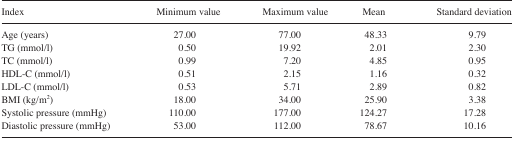
| Index | Minimum value | Maximum value | Mean | Standard deviation |
 | --- | --- | --- | --- | --- |
 | Age (years) | 27.00 | 77.00 | 48.33 | 9.79 |
 | TG (mmol/l) | 0.50 | 19.92 | 2.01 | 2.30 |
 | TC (mmol/l) | 0.99 | 7.20 | 4.85 | 0.95 |
 | HDL-C (mmol/l) | 0.51 | 2.15 | 1.16 | 0.32 |
 | LDL-C (mmol/l) | 0.53 | 5.71 | 2.89 | 0.82 |
 | BMI (kg/m2) | 18.00 | 34.00 | 25.90 | 3.38 |
 | Systolic pressure (mmHg) | 110.00 | 177.00 | 124.27 | 17.28 |
 | Diastolic pressure (mmHg) | 53.00 | 112.00 | 78.67 | 10.16 |